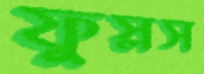
ফুস্‌লস